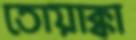
তোয়াক্কা